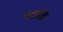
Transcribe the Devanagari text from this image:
यज्ञांत